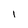
Character: i